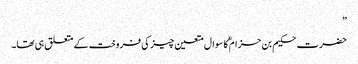
”
حضرت حکیم بن حزام ؓکا سوال متعین چیز کی فروخت کے متعلق ہی تھا۔